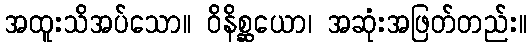
အထူးသိအပ်သော။ ဝိနိစ္ဆယော၊ အဆုံးအဖြတ်တည်း။